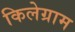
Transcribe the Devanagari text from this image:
किलेग्राम